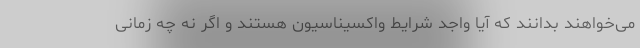
می‌خواهند بدانند که آیا واجد شرایط واکسیناسیون هستند و اگر نه چه زمانی